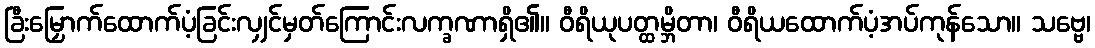
ခြီးမြှောက်ထောက်ပံ့ခြင်းလျှင်မှတ်ကြောင်းလက္ခဏာရှိ၏။ ဝီရိယုပတ္ထမ္ဘိတာ၊ ဝီရိယထောက်ပံ့အပ်ကုန်သော။ သဗ္ဗေ၊